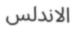
الاندلس